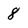
Character: 8